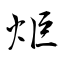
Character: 炬